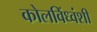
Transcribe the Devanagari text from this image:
कोलविंध्वंशी